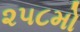
૨૫૮મો